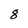
Character: 8